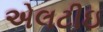
એલટીઇ